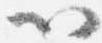
以